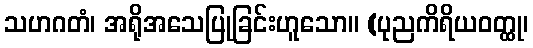
သဟဂတံ၊ အရိုအသေပြုခြင်းဟူသော။ (ပုညကိရိယဝတ္ထု၊